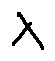
\lambda